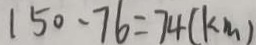
1 5 0 - 7 6 = 7 4 ( k m )